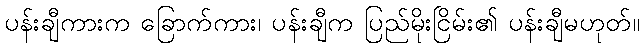
ပန်းချီကားက ခြောက်ကား၊ ပန်းချီက ပြည်မိုးငြိမ်း၏ ပန်းချီမဟုတ်။